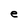
Character: e